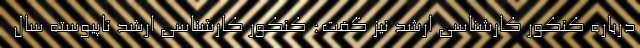
درباره کنکور کارشناسی ارشد نیز گفت: کنکور کارشناسی ارشد ناپیوسته سال